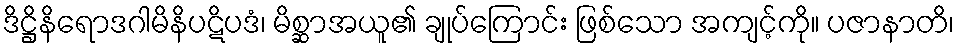
ဒိဋ္ဌိနိရောဒဂါမိနိပဋိပဒံ၊ မိစ္ဆာအယူ၏ ချုပ်ကြောင်း ဖြစ်သော အကျင့်ကို။ ပဇာနာတိ၊